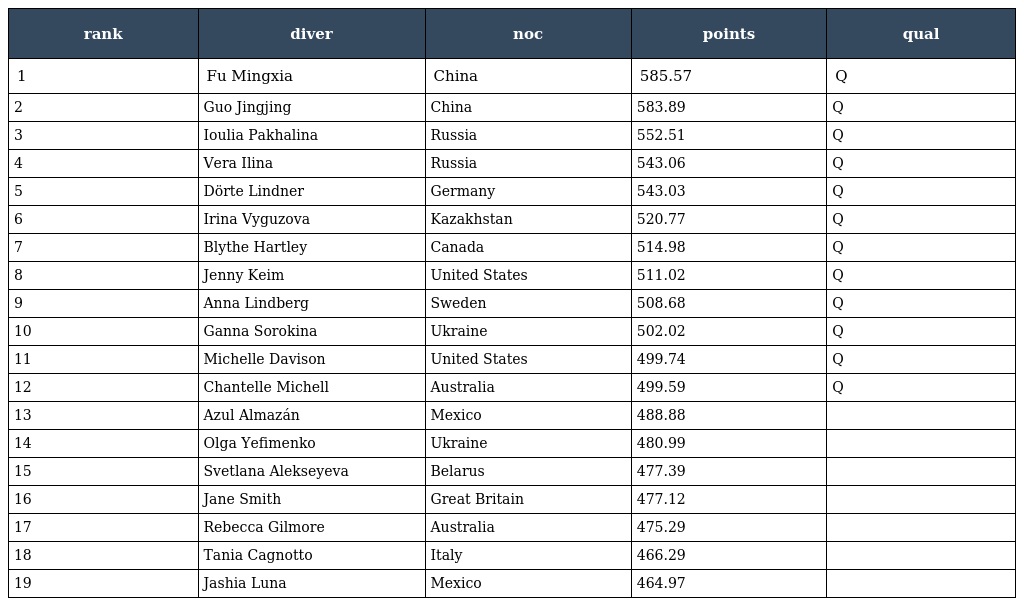
| rank | diver | noc | points | qual |
 | --- | --- | --- | --- | --- |
 | 1 | Fu Mingxia | China | 585.57 | Q |
 | 2 | Guo Jingjing | China | 583.89 | Q |
 | 3 | Ioulia Pakhalina | Russia | 552.51 | Q |
 | 4 | Vera Ilina | Russia | 543.06 | Q |
 | 5 | Dörte Lindner | Germany | 543.03 | Q |
 | 6 | Irina Vyguzova | Kazakhstan | 520.77 | Q |
 | 7 | Blythe Hartley | Canada | 514.98 | Q |
 | 8 | Jenny Keim | United States | 511.02 | Q |
 | 9 | Anna Lindberg | Sweden | 508.68 | Q |
 | 10 | Ganna Sorokina | Ukraine | 502.02 | Q |
 | 11 | Michelle Davison | United States | 499.74 | Q |
 | 12 | Chantelle Michell | Australia | 499.59 | Q |
 | 13 | Azul Almazán | Mexico | 488.88 |  |
 | 14 | Olga Yefimenko | Ukraine | 480.99 |  |
 | 15 | Svetlana Alekseyeva | Belarus | 477.39 |  |
 | 16 | Jane Smith | Great Britain | 477.12 |  |
 | 17 | Rebecca Gilmore | Australia | 475.29 |  |
 | 18 | Tania Cagnotto | Italy | 466.29 |  |
 | 19 | Jashia Luna | Mexico | 464.97 |  |